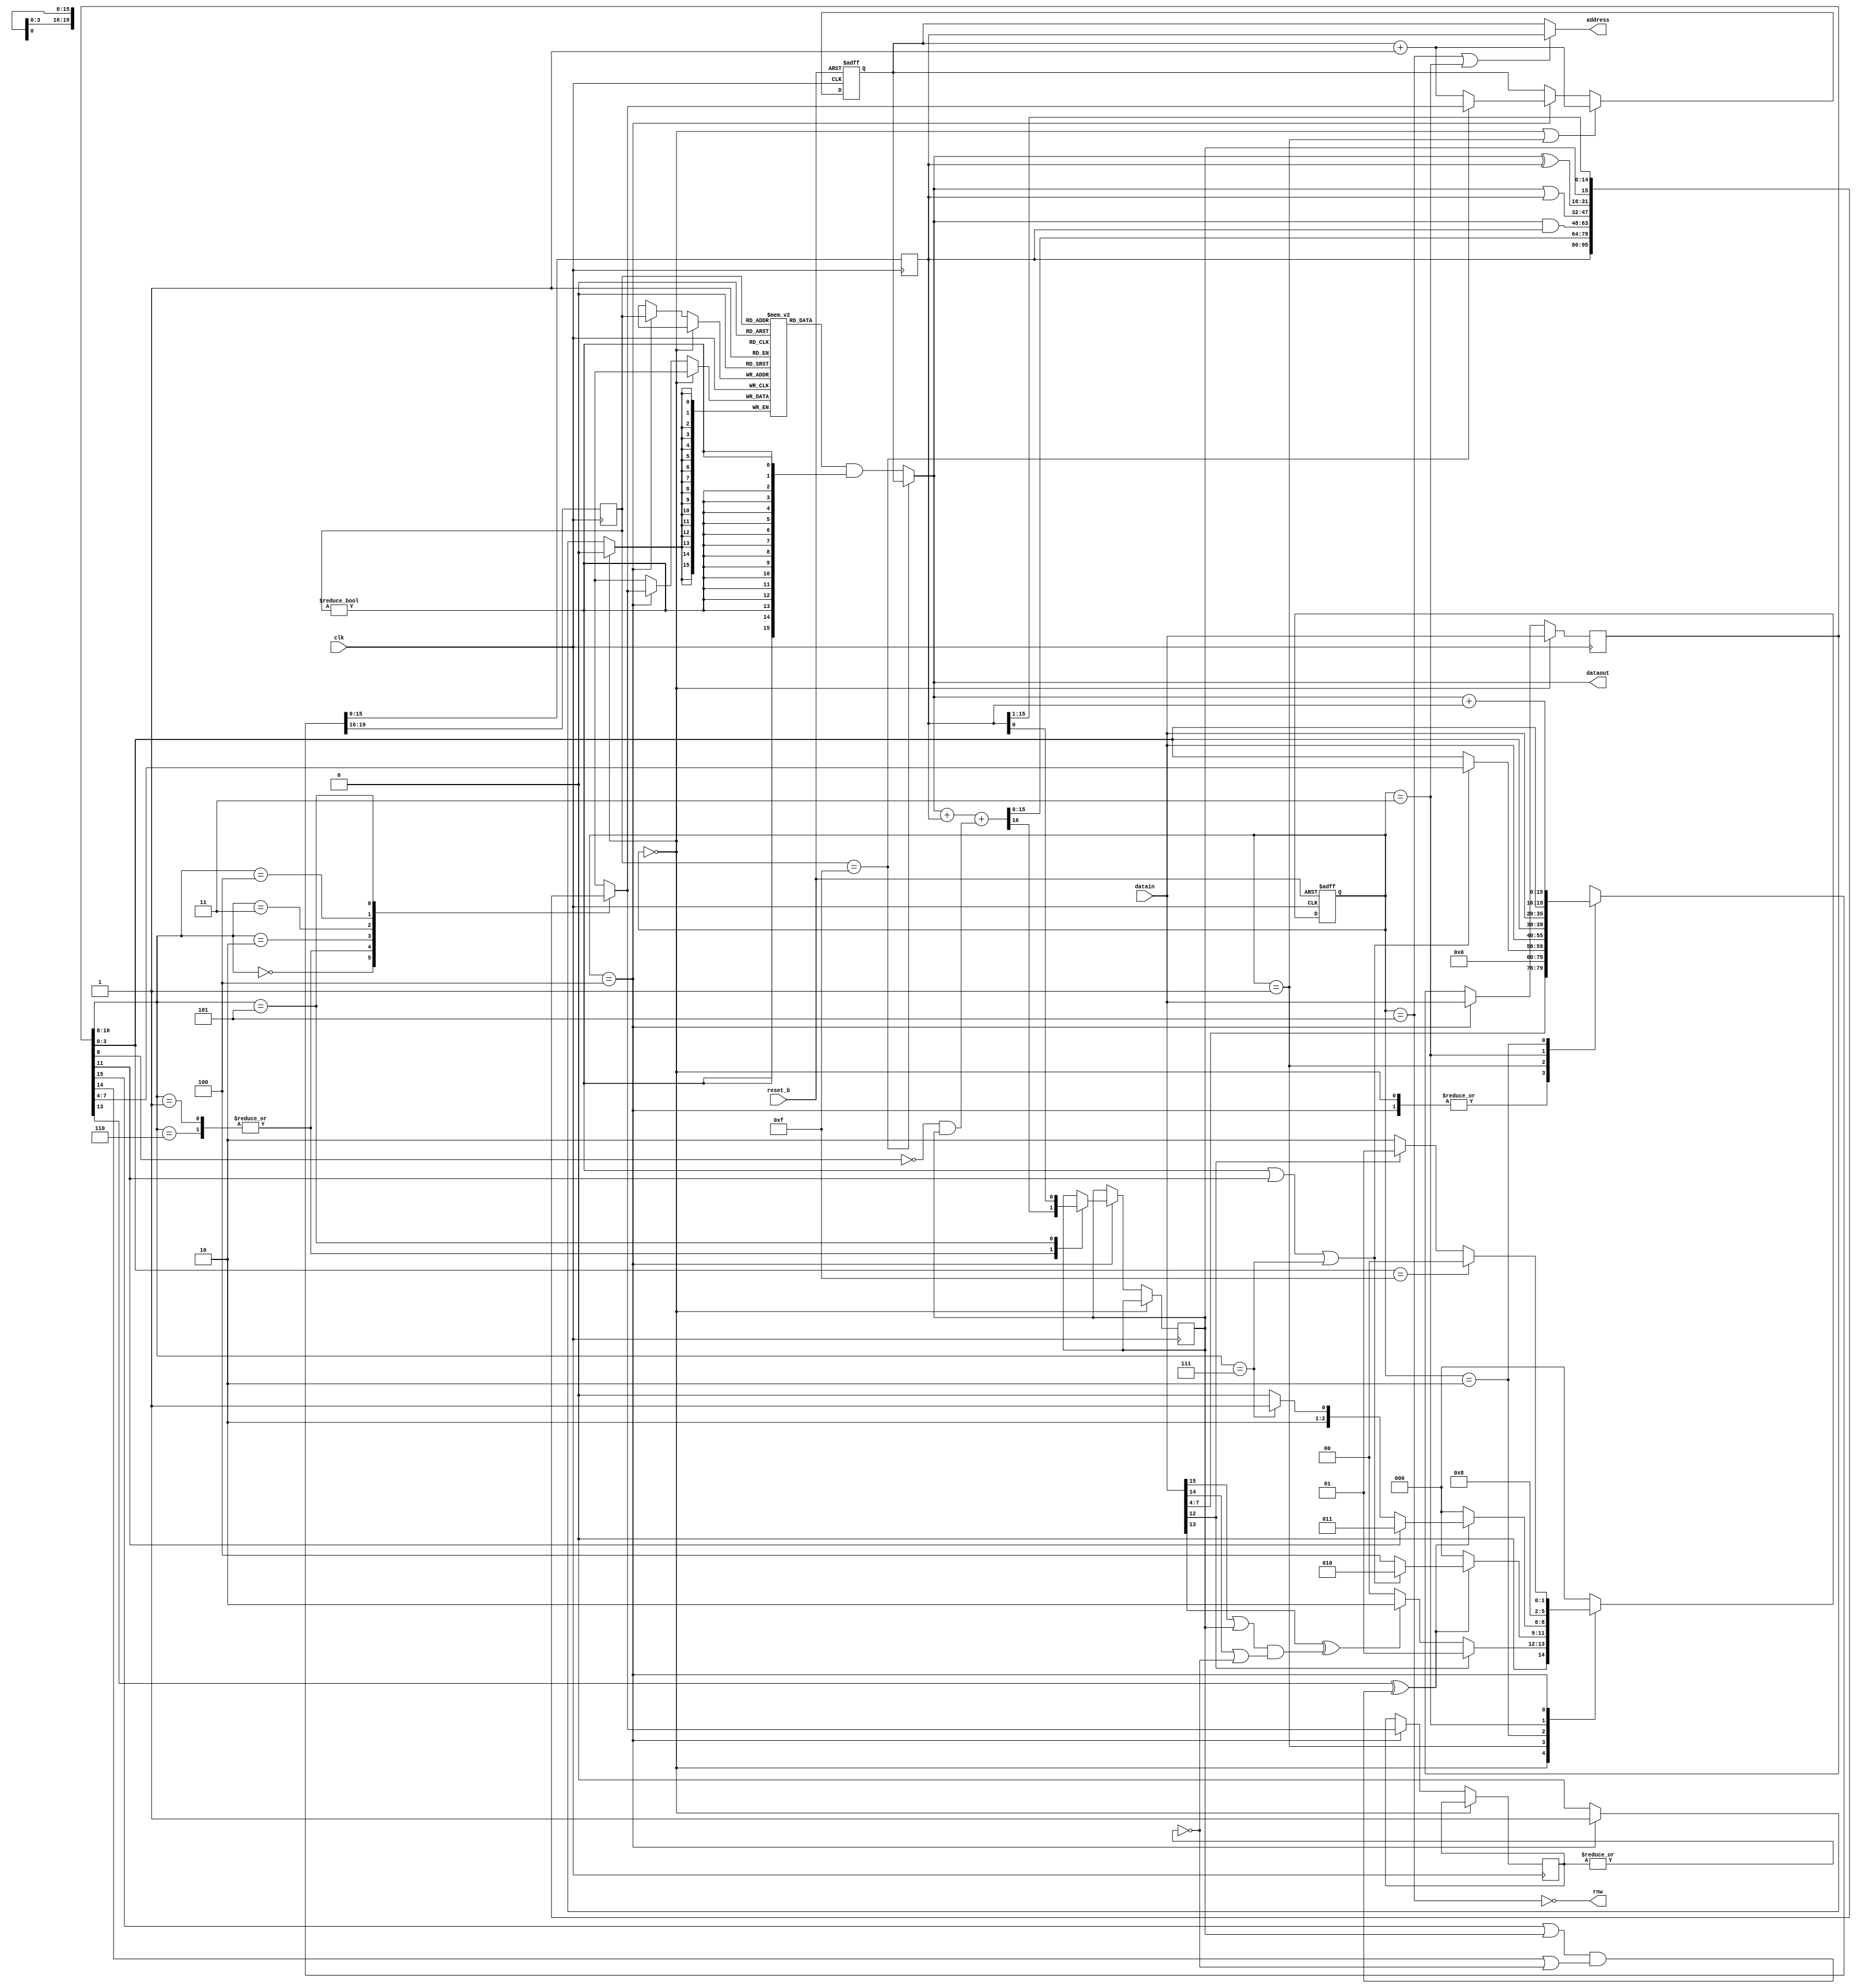
module opc5cpu( input[15:0] datain, output [15:0] dataout, output[15:0] address, output rnw, input clk, input reset_b);
   parameter FETCH0=3'h0, FETCH1=3'h1, EA_ED=3'h2, RDMEM=3'h3, EXEC=3'h4, WRMEM=3'h5;
   parameter PRED_C=15, PRED_Z=14, PINVERT=13, FSM_MAP0=12, FSM_MAP1=11;
   parameter LD=3'b000, ADD=3'b001, AND=3'b010, OR=3'b011, XOR=3'b100, ROR=3'b101, ADC=3'b110, STO=3'b111;
   reg [15:0] OR_q, PC_q, IR_q, result, result_q ;
   (* RAM_STYLE="DISTRIBUTED" *)
   reg [15:0] GRF_q[15:0];
   reg [2:0]  FSM_q;
   reg [3:0]  grf_adr_q;
   reg        C_q, zero, carry;
   wire       predicate = (IR_q[PINVERT]^((IR_q[PRED_C]|C_q)&(IR_q[PRED_Z]|zero)));      // For use once IR_q loaded (FETCH1,EA_ED)
   wire       predicate_datain = (datain[PINVERT]^((datain[PRED_C]|C_q)&(datain[PRED_Z]|zero))); // For use before IR_q loaded (FETCH0)
   wire [15:0] grf_dout= (grf_adr_q==4'hF) ? PC_q: (GRF_q[grf_adr_q] & { 16{(grf_adr_q!=4'h0)}});
   wire        skip_eaed = !((grf_adr_q!=0) || (IR_q[FSM_MAP1]) || (IR_q[10:8]==STO));
   assign      rnw= ! (FSM_q==WRMEM);
   assign      dataout=grf_dout;
   assign      address=( FSM_q==WRMEM || FSM_q == RDMEM)? OR_q : PC_q;
   always @( * )
     begin
        { carry, result, zero}  = { C_q, 16'bx, !(|result_q) } ;
        case (IR_q[10:8])
          LD  : result=OR_q;
          ADD, ADC : {carry, result}= grf_dout + OR_q + (!IR_q[8] & C_q); // IF ADC or ADD, IR_q[8] distinguishes between them
          AND : result=(grf_dout & OR_q);
          OR  : result=(grf_dout | OR_q);
          XOR : result=(grf_dout ^ OR_q);
          ROR : {result,carry} = { carry, OR_q };
        endcase // case ( IR_q )
     end

   always @(posedge clk or negedge reset_b )
     if (!reset_b)
       FSM_q <= FETCH0;
     else
       case (FSM_q)
         FETCH0 : FSM_q <= (datain[FSM_MAP0])? FETCH1 : (!predicate_datain )? FETCH0: EA_ED;
         FETCH1 : FSM_q <= (!predicate )? FETCH0: ( skip_eaed) ? EXEC : EA_ED;        // Allow FETCH1 to skip through to EXEC
         EA_ED  : FSM_q <= (!predicate )? FETCH0: (IR_q[FSM_MAP1]) ? RDMEM : (IR_q[10:8]==STO) ? WRMEM : EXEC;
         RDMEM  : FSM_q <= EXEC;
         EXEC   : FSM_q <= (IR_q[3:0]==4'hF)? FETCH0: (datain[FSM_MAP0]) ? FETCH1 : EA_ED;
         default: FSM_q <= FETCH0;
       endcase // case (FSM_q)

   always @(posedge clk)
     case(FSM_q)
       FETCH0, EXEC  : {grf_adr_q, OR_q } <= {datain[7:4], 16'b0};
       FETCH1        : {grf_adr_q, OR_q } <= {((skip_eaed)? IR_q[3:0] : IR_q[7:4]), datain};
       RDMEM         : {grf_adr_q, OR_q } <= {IR_q[3:0], datain};
       EA_ED         : {grf_adr_q, OR_q } <= {IR_q[3:0], grf_dout + OR_q};
       default       : {grf_adr_q, OR_q } <= {4'bx, 16'bx};
     endcase

   always @(posedge clk or negedge reset_b)
     if ( !reset_b)
       PC_q <= 16'b0;
     else if ( FSM_q == FETCH0 || FSM_q == FETCH1 )
       PC_q <= PC_q + 1;
     else if ( FSM_q == EXEC )
       PC_q <= (grf_adr_q==4'hF) ? result : PC_q + 1;

   always @ (posedge clk)
     if ( FSM_q == FETCH0 )
        IR_q <= datain;
     else if ( FSM_q == EXEC )
       { C_q, GRF_q[grf_adr_q], result_q, IR_q} <= { carry, result, result, datain};
endmodule